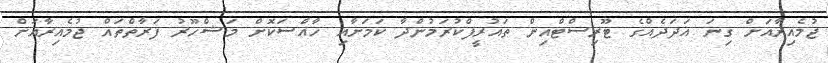
ޖުމެއިރާއަށް ގިނަ އަދަދެއްގެ ޓޫރިސްޓްއިން ތައުރީފްކުރަމުންދާ ކަމަށާއި ހާއްސަކޮށް މަޝްހޫރު ފަރާތްތައް ޖުމެއިރާއަށް